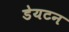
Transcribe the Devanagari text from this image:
डेयटन